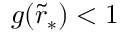
g ( \tilde { r } _ { * } ) < 1